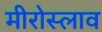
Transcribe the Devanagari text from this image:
मीरोस्लाव